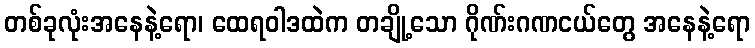
တစ်ခုလုံးအနေနဲ့ရော၊ ထေရဝါဒထဲက တချို့သော ဂိုဏ်းဂဏငယ်တွေ အနေနဲ့ရော